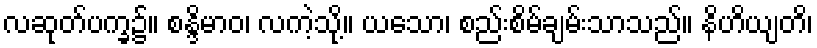
လဆုတ်ပက္ခ၌။ စန္ဒိမာဝ၊ လကဲ့သို့။ ယသော၊ စည်းစိမ်ချမ်းသာသည်။ နိဟိယျတိ၊